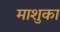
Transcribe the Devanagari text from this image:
माशुका